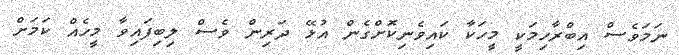
ނަމަވެސް އިބްރާހިމަކީ މީހަކާ ކައިވެނިކޮށްގެން އުޅޭ ދަރިން ވެސް ލިބިފައިވާ މީހެއް ކަމަށް